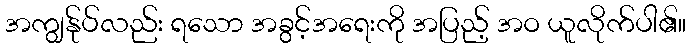
အကျွန်ုပ်လည်း ရသော အခွင့်အရေးကို အပြည့် အဝ ယူလိုက်ပါ၏။